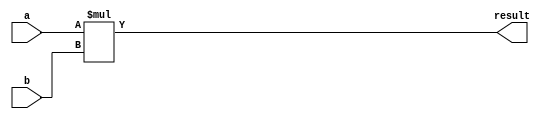
module multiplier(
    input signed [15:0] a,
    input signed [15:0] b,
    output signed [31:0] result
);

assign result = a * b;

endmodule